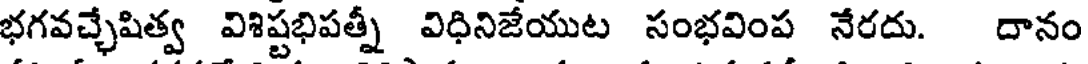
భగవచ్చేషిత్వ విశిష్టభిపత్నీ విధినిజేయుట సంభవింప నేరదు. దానం